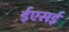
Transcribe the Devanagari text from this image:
ईएसई